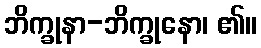
ဘိက္ခုနာ-ဘိက္ခုနော၊ ၏။